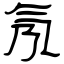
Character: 氖